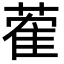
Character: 蒮